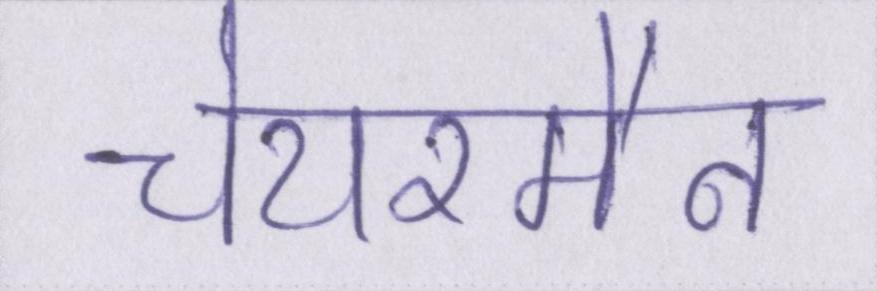
चेयरमैन